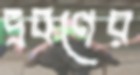
দ্রবণের